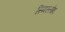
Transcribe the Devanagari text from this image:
स्मिस्लोव